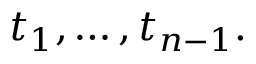
t _ { 1 } , \ldots , t _ { n - 1 } .